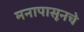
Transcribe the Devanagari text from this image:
मनापासूनचे